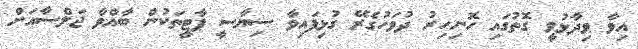
އިވާ ވިދާޅުވީ ގޮތުގައި ހޮނިހިރު ދުވަހުގެރޭ ގުޅިފައިވާ ސިޔާސީ ޕާޓީތަކުން ބާއްވާ ޖަލްސާއަށް